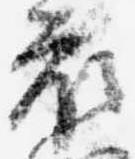
衣